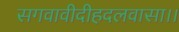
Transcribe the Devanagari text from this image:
सगवावीदीहदलवासा।।